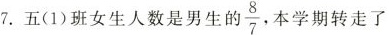
7.五(1)班女生人数是男生的\frac{8}{7}本学期转走了